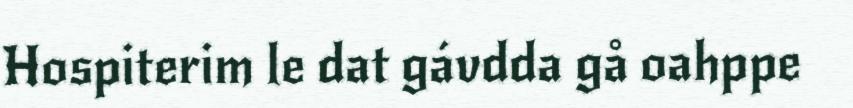
Hospiterim le dat gávdda gå oahppe